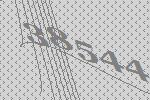
38544